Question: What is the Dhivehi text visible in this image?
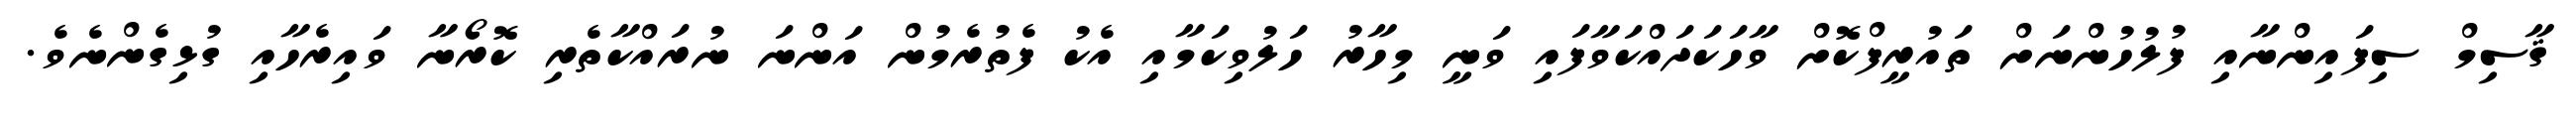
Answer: ޤާސިމް ސިފައިންނާއި ފުލުހުންނަށް ތައުރީފްކޮށް ވާހަކަދައްކަވާފައި ވަނީ މިހާރު ހަލުވިކަމާއި އެކު ފެތުރެމުން އަންނަ ނުރައްކާތެރި ކޮރޯނާ ވައިރެހާއި ގުޅިގެންނެވެ.